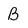
Character: B